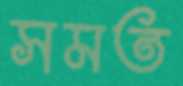
সমত